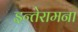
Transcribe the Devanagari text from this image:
इन्तेरामना